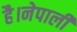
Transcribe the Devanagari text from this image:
है।नेपाली